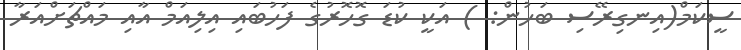
ސީކަމް(އިނގިރޭސި ބަހުން: ) އަކީ ކުޑަ ގޮހޮރުގެ ފަހުބައި އިލިއަމް އާއި މައްޗަށްއަރާ